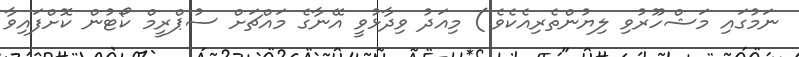
ނަމުގައި މަޝްހޫރުވި ލިޔުންތެރިއެކެވެ.) މިއަދު ވިދާޅުވީ އޭނާގެ މައްޗަށް ސުޕްރީމް ކޯޓުން ކޮށްފައިވާ